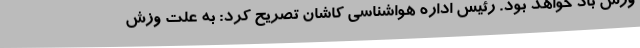
وزش باد خواهد بود. رئیس اداره هواشناسی کاشان تصریح کرد: به علت وزش